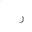
Letter: _ra